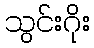
သွင်းဂိုး